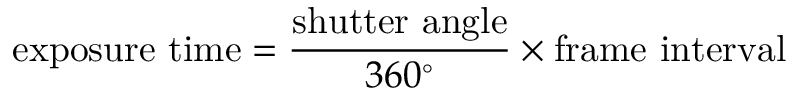
\mathrm { e x p o s u r e \ t i m e } = { \frac { \mathrm { s h u t t e r \ a n g l e } } { 3 6 0 ^ { \circ } } } \times \mathrm { f r a m e \ i n t e r v a l }